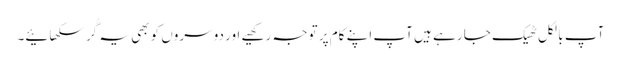
آپ بالکل ٹھیک جا رہے ہیں آپ اپنے کام پر توجہ رکھیے اور دوسروں کو بھی یہ گُر سکھائیے۔